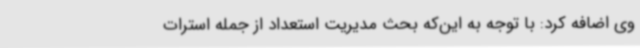
وی اضافه کرد: با توجه به این‌که بحث مدیریت استعداد از جمله استرات